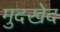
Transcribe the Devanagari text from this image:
मुदखेद